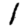
Digit: 1